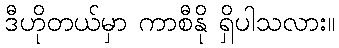
ဒီဟိုတယ်မှာ ကာစီနို ရှိပါသလား။